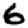
Digit: 6